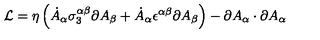
{ \cal L } = \eta \left( \dot { A } _ { \alpha } \sigma _ { 3 } ^ { \alpha \beta } \partial A _ { \beta } + \dot { A } _ { \alpha } \epsilon ^ { \alpha \beta } \partial A _ { \beta } \right) - \partial A _ { \alpha } \cdot \partial A _ { \alpha }